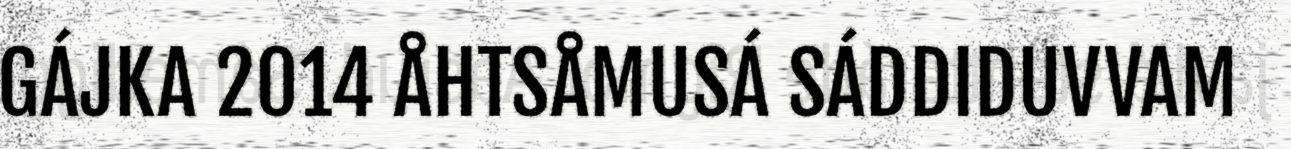
GÁJKA 2014 ÅHTSÅMUSÁ SÁDDIDUVVAM